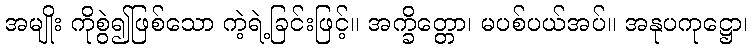
အမျိုး ကိုစွဲ၍ဖြစ်သော ကဲ့ရဲ့ခြင်းဖြင့်။ အက္ခိတ္တော၊ မပစ်ပယ်အပ်။ အနုပကုဋ္ဌော၊